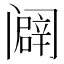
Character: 𰿾